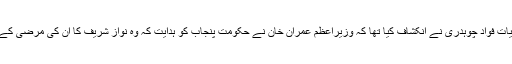
خیال رہے کہ وفاقی وزیراطلاعات و نشریات فواد چوہدری نے انکشاف کیا تھا کہ وزیراعظم عمران خان نے حکومت پنجاب کو ہدایت کہ وہ نواز شریف کا ان کی مرضی کے ہسپتال اور ڈاکٹرز تک رسائی دی جائے۔